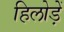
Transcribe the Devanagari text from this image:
हिलोड़ें